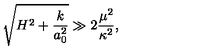
\sqrt { H ^ { 2 } + \frac { k } { a _ { 0 } ^ { 2 } } } \gg 2 \frac { \mu ^ { 2 } } { \kappa ^ { 2 } } ,